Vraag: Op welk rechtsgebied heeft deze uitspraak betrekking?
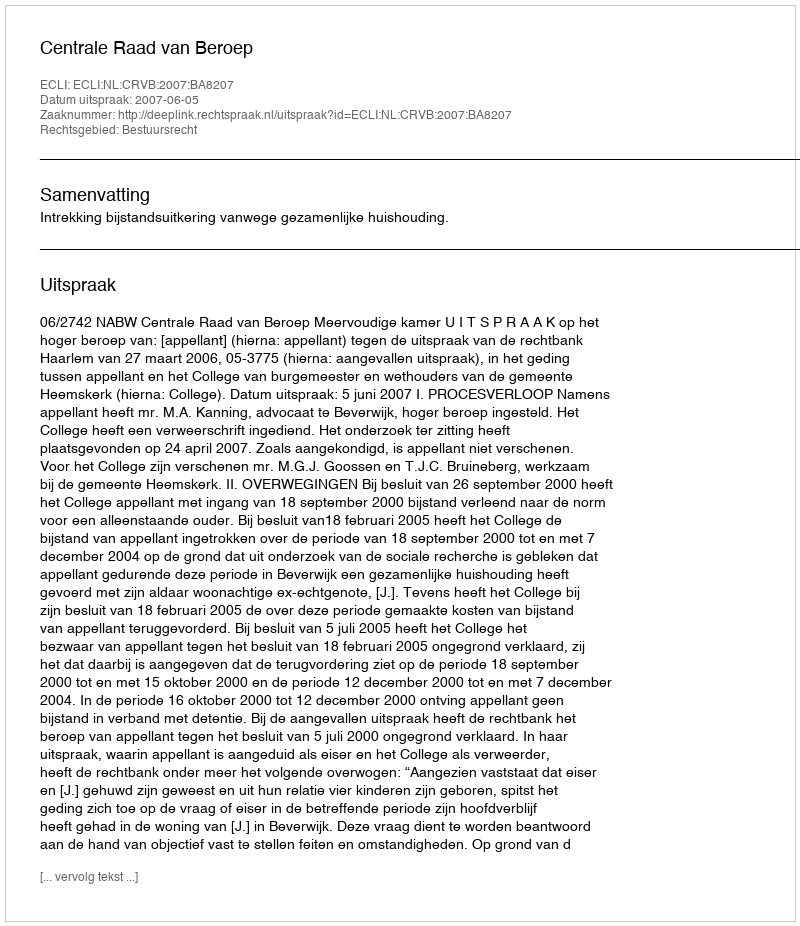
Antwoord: Bestuursrecht